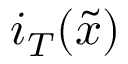
i _ { T } ( \widetilde { x } )